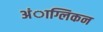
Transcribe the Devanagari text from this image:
अंाग्लिकन